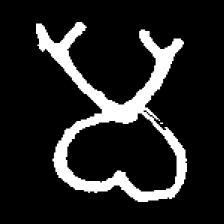
Pyu character \u2014 Myanmar letter: မ (romanized: ma)